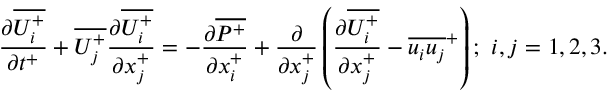
{ \frac { \partial \overline { { U _ { i } ^ { + } } } } { \partial t ^ { + } } } + \overline { { U _ { j } ^ { + } } } \frac { \partial \overline { { U _ { i } ^ { + } } } } { \partial x _ { j } ^ { + } } = - \frac { \partial \overline { { P ^ { + } } } } { \partial x _ { i } ^ { + } } + \frac { \partial } { \partial x _ { j } ^ { + } } \left( \frac { \partial \overline { { U _ { i } ^ { + } } } } { \partial x _ { j } ^ { + } } - \overline { { u _ { i } u _ { j } } } ^ { + } \right) ; ~ i , j = { 1 , 2 , 3 } .